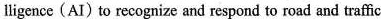
ligence (AI)to recognize and respond to road and traffic